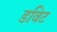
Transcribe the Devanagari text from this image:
डविट